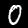
Digit: 0